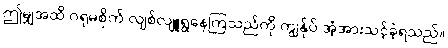
ဤမျှအထိ ဂရုမစိုက် လျစ်လျူရွနေကြသည်ကို ကျွန်ုပ် အံ့အားသင့်ခဲ့ရသည်။